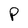
Character: P